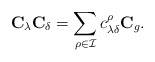
\begin{align*}{\bf C}_\lambda{\bf C}_\delta=\sum_{\rho\in \mathcal{I}} c_{\lambda\delta}^\rho {\bf C}_g.\end{align*}